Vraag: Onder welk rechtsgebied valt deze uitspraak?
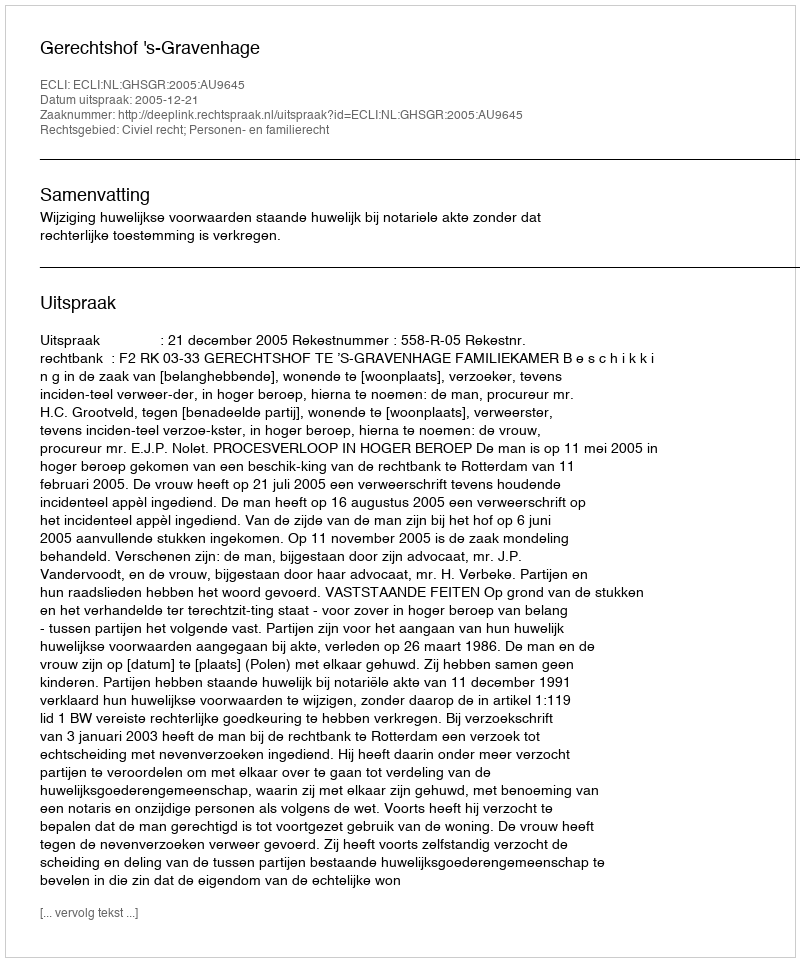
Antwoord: Civiel recht; Personen- en familierecht